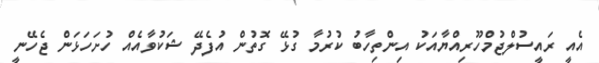
އެއީ ރައީސުލްޖުމްހޫރިއްޔާއަކު އިންތިހާބު ކުރުމާ ގުޅޭ ގޮތުން އުފެދޭ ޝަކުވާއެއް ހުށަހަޅަން ޖެހޭނީ